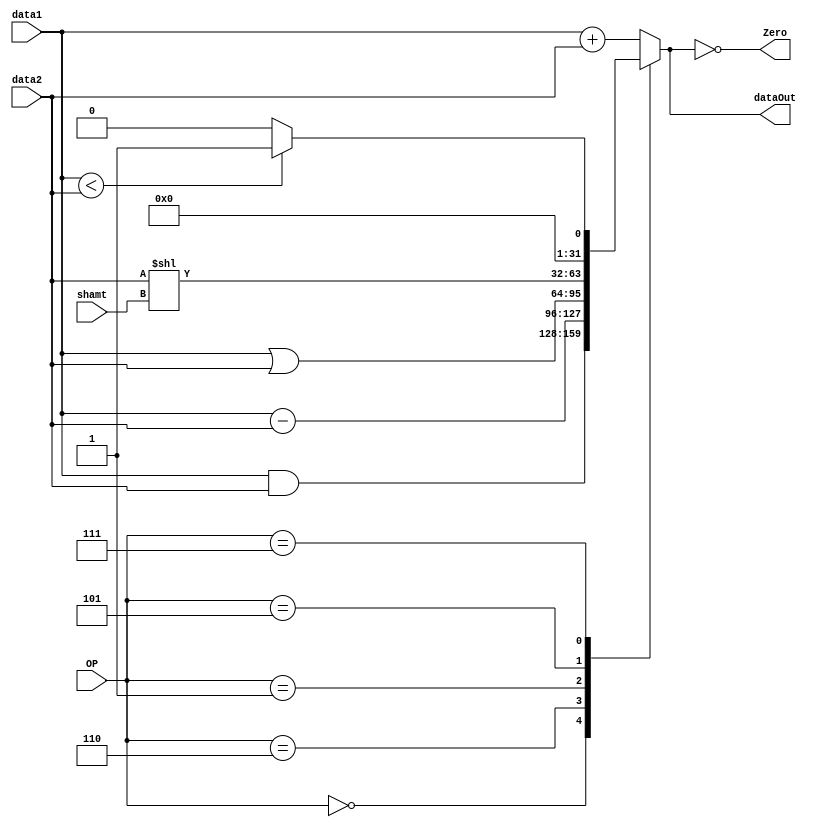
module alu(data1,data2,OP,dataOut,shamt,Zero);
input[31:0] data1,data2;
input[3:0] OP;
input[4:0] shamt;
output reg [31:0] dataOut;
output  Zero;
always @(*)
begin
case(OP)
//and
4'b0000:
dataOut=data1&data2;
//sub&branch
4'b0110:
dataOut=data1-data2;
//or&ori
4'b0001:
dataOut=data1|data2;
//add & addi & lw & sw
4'b0010:
dataOut=data1+data2;
//sll
4'b0101:dataOut = data2 << shamt; 
//slt
4'b0111: dataOut = $signed(data1) < $signed(data2) ? 1 : 0;
default:dataOut=data1+data2;
endcase

end

assign Zero=(dataOut==0);
endmodule